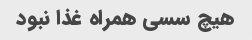
هیچ سسی همراه غذا نبود